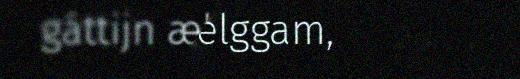
gáttijn ælla tjielggam,